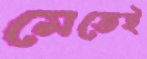
মেতেই